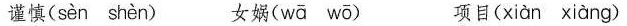
谨慎( sèn shèn ) 女娲( wā wō ) 项目( xiàn xiàng )